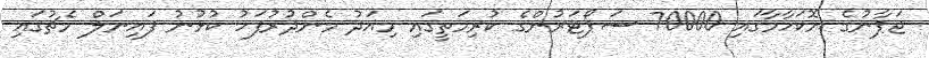
ޖަޕާނުގެ ޔޮކަހާމާގައި 70000 ސަޕޯޓަރުންގެ ކުރިމަތީގައި މިއަދު މެންދުރުފަހު ކުޅުނު ފައިނަލް މެޗުގައި